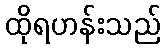
ထိုရဟန်းသည်